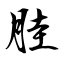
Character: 胿